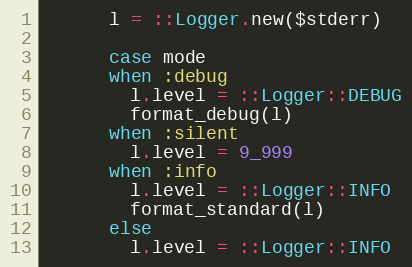
Language: Ruby
      l = ::Logger.new($stderr)

      case mode
      when :debug
        l.level = ::Logger::DEBUG
        format_debug(l)
      when :silent
        l.level = 9_999
      when :info
        l.level = ::Logger::INFO
        format_standard(l)
      else
        l.level = ::Logger::INFO